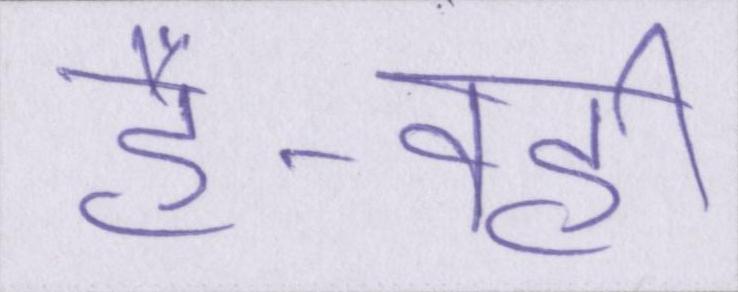
है-वहीं